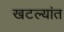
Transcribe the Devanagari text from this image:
खटल्यांत